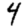
Digit: 4